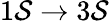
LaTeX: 1\mathcal{S}\rightarrow3\mathcal{S}